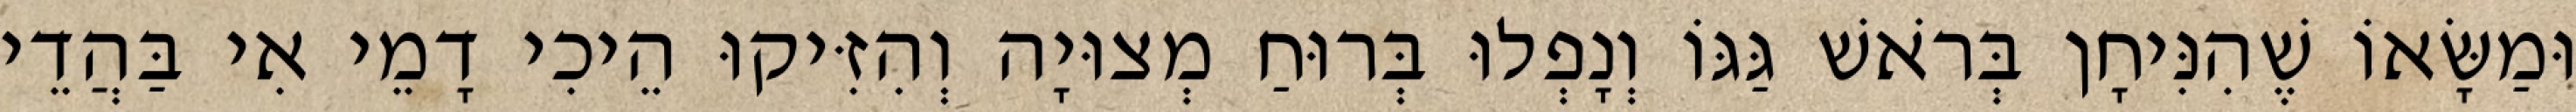
וּמַשָּׂאוֹ שֶׁהִנִּיחָן בְּרֹאשׁ גַּגּוֹ וְנָפְלוּ בְּרוּחַ מְצוּיָה וְהִזִּיקוּ הֵיכִי דָמֵי אִי בַּהֲדֵי